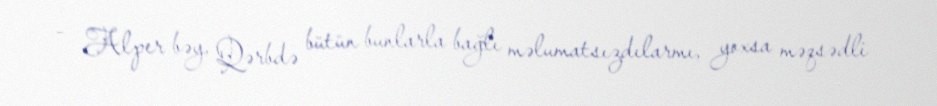
- Alper bəy, Qərbdə bütün bunlarla bağlı məlumatsızdılarmı, yoxsa məqsədli